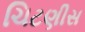
ચિટણીસ